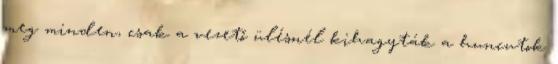
meg minden, csak a vezető ülésnél kihagyták a huncutok